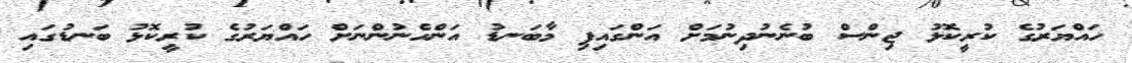
ހައްޔަރުގެ ކުރީކޮޅު ޖިންސް ބުނެނުދިނުމަށް އަންގައިފި މާބަނޑު އަންހެނުންނަށް ހައްޔަރުގެ ކުރީކޮޅު ބަނޑުގައި